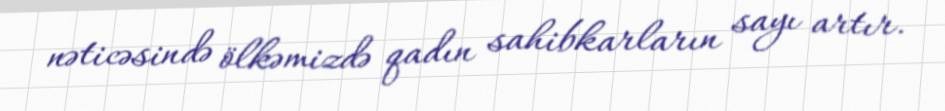
nəticəsində ölkəmizdə qadın sahibkarların sayı artır.